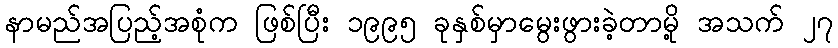
နာမည်အပြည့်အစုံက ဖြစ်ပြီး ၁၉၉၅ ခုနှစ်မှာမွေးဖွားခဲ့တာမို့ အသက် ၂၇